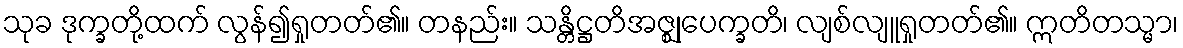
သုခ ဒုက္ခတို့ထက် လွန်၍ရှုတတ်၏။ တနည်း။ သန္တိဋ္ဌတိအဇ္ဈုပေက္ခတိ၊ လျစ်လျူရှုတတ်၏။ ဣတိတသ္မာ၊